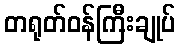
တရုတ်ဝန်ကြီးချုပ်